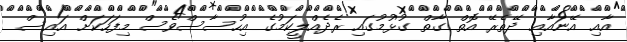
އާއި އޭނައާއި ދޭތެރޭ އޮތް ގާތް ގުޅުމުގައި ރެދެއްލީކަމުގެ އިހުސާސްވެސް މިފަހަކަށް އައިސް